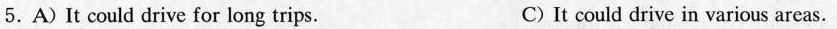
5.A)It could drive for long trips. C) It could drive in various areas.